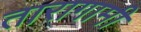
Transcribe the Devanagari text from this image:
तारागामी